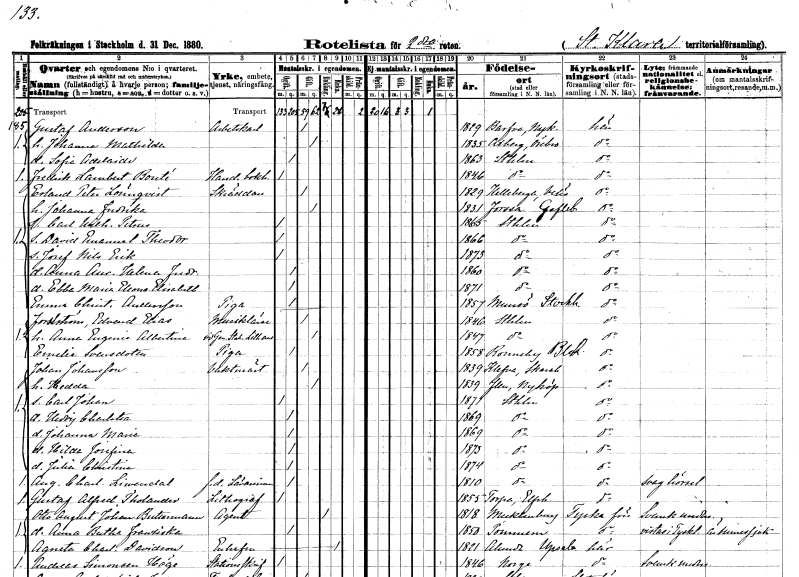
gt_parse: households: individuals: FN: Gustaf
EN: Andersson
YRKE: Arbetskarl
KON: M
CIV: G
FODAR: 1829
FODFORS: Barva Södermanlands län
FN: Johanna Mathilda
KON: K
CIV: G
FODAR: 1835
FODFORS: Axberg Örebro län
FN: Sofia Adelaide
KON: K
CIV: O
FODAR: 1863
FODFORS: Stockholm
FN: Fredrik Lambert
EN: Bouté
YRKE: Handelsbokhållare
KON: M
CIV: O
FODAR: 1846
FODFORS: Stockholm
FN: Erland Peter
EN: Lönnqvist
YRKE: Skräddare
KON: M
CIV: G
FODAR: 1829
FODFORS: Hälleberga Kalmar län
FN: Johanna Fredrika
KON: K
CIV: G
FODAR: 1831
FODFORS: Forsa Gävleborgs län
FN: Carl Wilhelm Petrus
KON: M
CIV: O
FODAR: 1865
FODFORS: Stockholm
FN: David Emanuel Theodor
KON: M
CIV: O
FODAR: 1866
FODFORS: Stockholm
FN: Josef Nils Erik
KON: M
CIV: O
FODAR: 1873
FODFORS: Stockholm
FN: Anna Aurora Helena Fredrika
KON: K
CIV: O
FODAR: 1860
FODFORS: Stockholm
FN: Ebba Maria Eleonora Elisabeth
KON: K
CIV: O
FODAR: 1871
FODFORS: Stockholm
FN: Emma Christina
EN: Andersson
YRKE: Piga
KON: K
CIV: O
FODAR: 1857
FODFORS: Munsö Stockholms län
FN: Edvard Elias
EN: Forsström
YRKE: Musiklärare
KON: M
CIV: G
FODAR: 1846
FODFORS: Stockholm
FN: Anna Eugenia Albertina
YRKE: Vid Generalstabens litografiska anstalt
KON: K
CIV: G
FODAR: 1847
FODFORS: Stockholm
FN: Emelie
EN: Svensdotter
YRKE: Piga
KON: K
CIV: O
FODAR: 1858
FODFORS: Ronneby Blekinge län
FN: Johan
EN: Johansson
YRKE: Vaktmästare
KON: M
CIV: G
FODAR: 1839
FODFORS: Vilske-Kleva Skaraborgs län
FN: Hedda
KON: K
CIV: G
FODAR: 1839
FODFORS: Flen Södermanlands län
FN: Carl Johan
KON: M
CIV: O
FODAR: 1871
FODFORS: Stockholm
FN: Hedvig Charlotta
KON: K
CIV: O
FODAR: 1869
FODFORS: Stockholm
FN: Johanna Maria
KON: K
CIV: O
FODAR: 1869
FODFORS: Stockholm
FN: Hilda Josefina
KON: K
CIV: O
FODAR: 1873
FODFORS: Stockholm
FN: Julia Christina
KON: K
CIV: O
FODAR: 1874
FODFORS: Stockholm
FN: Augusta Charlotta
EN: Liwendal
YRKE: Lärarinna f.d.
KON: K
CIV: O
FODAR: 1810
FODFORS: Stockholm
FN: Gustaf Alfred
EN: Tholander
YRKE: Litograf
KON: M
CIV: O
FODAR: 1855
FODFORS: Torpa Älvsborgs län
FN: Otto August Johan
EN: Buttermann
YRKE: Agent
KON: M
CIV: E
FODAR: 1818
FN: Anna Bertha Franziska
KON: K
CIV: O
FODAR: 1850
FN: Agneta Charlotta
EN: Davidson
KON: K
CIV: E
FODAR: 1821
FODFORS: Alunda Uppsala län
FN: Andreas
EN: Simonsen Höge
YRKE: Stationsskrivare
KON: M
CIV: O
FODAR: 1846